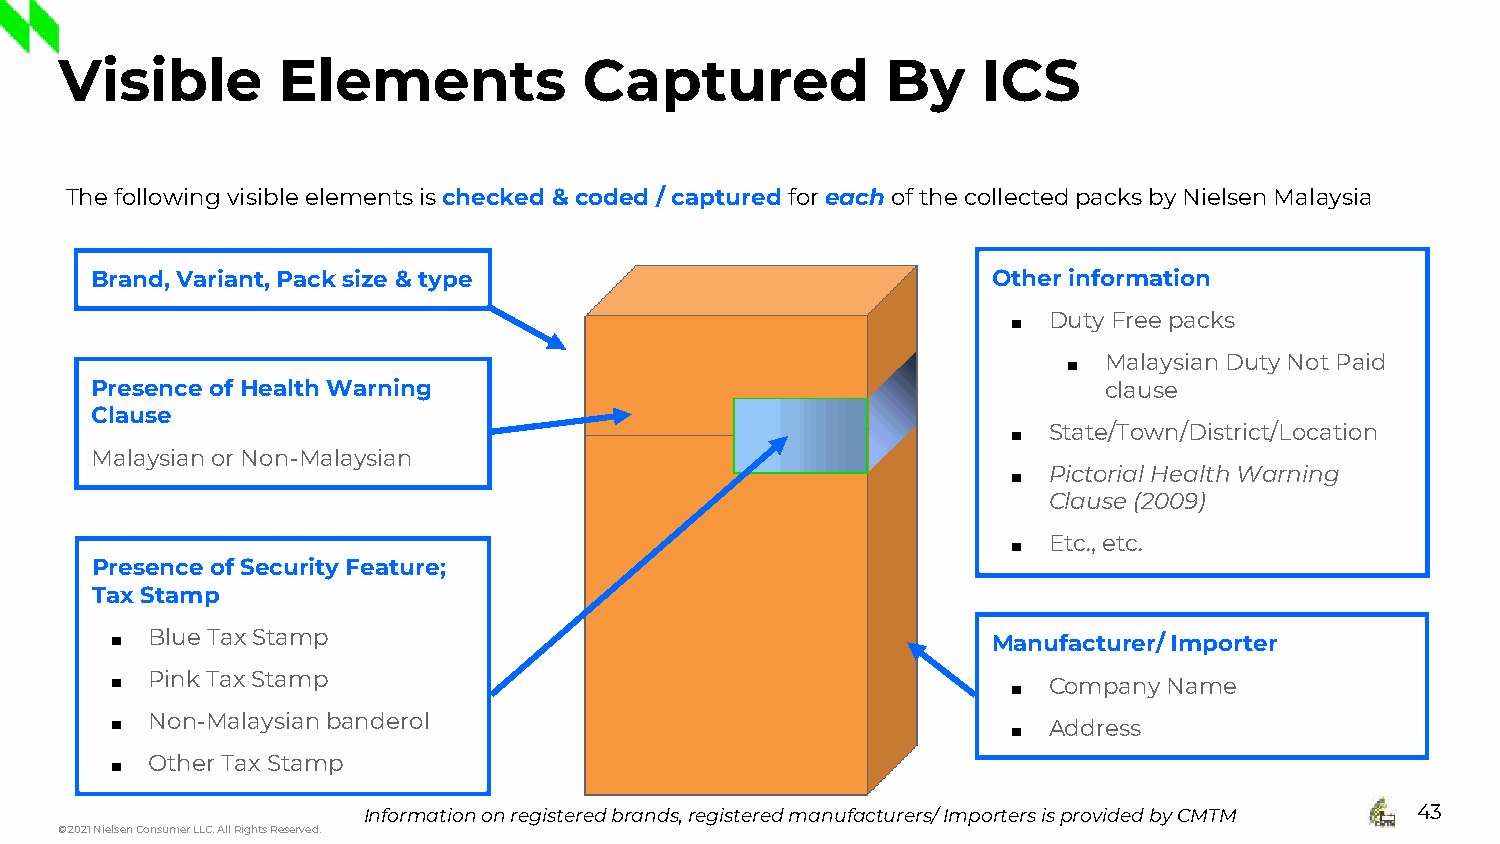
Visible       Elements             Captured            By    ICS
 The following visible elements is checked & coded / captured foreachof the collected packs by Nielsen Malaysia
 Brand, Variant, Pack size & type                            Other information
 ■ Duty Free packs
 ■ Malaysian Duty Not Paid
 Presence of Health Warning                                         clause
 Clause
 ■ State/Town/District/Location
 Malaysian or Non-Malaysian
 ■ Pictorial Health Warning
 Clause (2009)
 ■ Etc., etc.
 Presence of Security Feature;
 Tax Stamp
 ■  Blue Tax Stamp                                          Manufacturer/ Importer
 ■  Pink Tax Stamp                                           ■ Company Name
 ■  Non-Malaysian banderol                                   ■ Address
 ■  Other Tax Stamp
 Information on registered brands, registered manufacturers/ Importers is provided by CMTM 43
 © 2021 Nielsen Consumer LLC. All Rights Reserved.